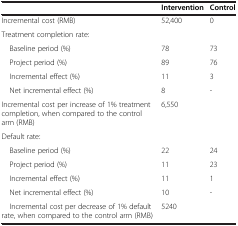
<table><thead><tr><td><b> </b></td><td><b>Intervention</b></td><td><b>Control</b></td></tr></thead><tbody><tr><td>Incremental cost (RMB)</td><td>52,400</td><td>0</td></tr><tr><td>Treatment completion rate:</td><td> </td><td> </td></tr><tr><td> Baseline period (%)</td><td>78</td><td>73</td></tr><tr><td> Project period (%)</td><td>89</td><td>76</td></tr><tr><td> Incremental effect (%)</td><td>11</td><td>3</td></tr><tr><td> Net incremental effect (%)</td><td>8</td><td>-</td></tr><tr><td>Incremental cost per increase of 1% treatment completion, when compared to the control arm (RMB)</td><td>6,550</td><td> </td></tr><tr><td>Default rate:</td><td> </td><td> </td></tr><tr><td> Baseline period (%)</td><td>22</td><td>24</td></tr><tr><td> Project period (%)</td><td>11</td><td>23</td></tr><tr><td> Incremental effect (%)</td><td>11</td><td>1</td></tr><tr><td> Net incremental effect (%)</td><td>10</td><td>-</td></tr><tr><td> Incremental cost per decrease of 1% default rate, when compared to the control arm (RMB)</td><td>5240</td><td> </td></tr></tbody></table>